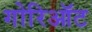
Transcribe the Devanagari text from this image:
गोरिऑट